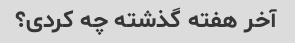
آخر هفته گذشته چه کردی؟